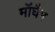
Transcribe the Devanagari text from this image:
मॉघैम